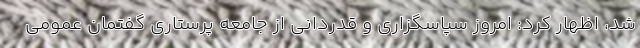
شد، اظهار کرد: امروز سپاسگزاری و قدردانی از جامعه پرستاری گفتمان عمومی